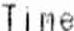
TIME